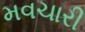
મવચારી